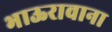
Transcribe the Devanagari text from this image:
भाऊरावाना